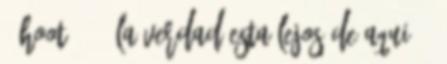
'ÁHOOT'É" = La verdad esta lejos de aqui --